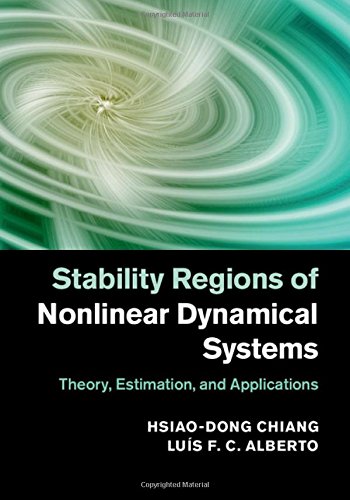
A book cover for Stability Regions of Nonlinear Dynamical Systems: Theory, Estimation, and Applications; Hsiao-Dong Chiang; Science & Math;